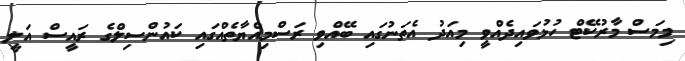
މިމަސް މާރުކޭޓް ހުޅުވައިދެއްވީ މިއަދު އެތަނުގައި ބޭއްވި ރަސްމިއްޔާތެއްގައި ކައުންސިލްގެ ރައީސް އަލީ